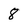
Character: 8